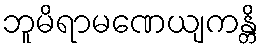
ဘူမိရာမဏေယျကန္တိ